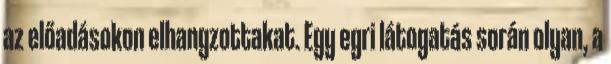
az előadásokon elhangzottakat. Egy egri látogatás során olyan, a